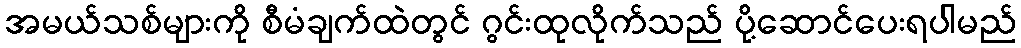
အမယ်သစ်များကို စီမံချက်ထဲတွင် ဂွင်းထုလိုက်သည် ပို့ဆောင်ပေးရပါမည်